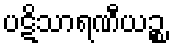
ပဋိသာရဏီယဉ္စ